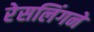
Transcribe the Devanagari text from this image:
रेसलिंगने